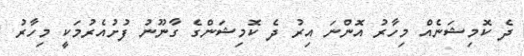
ދެ ކޮމިޝަނެއް މިހާރު އޮންނަ އިރު ދެ ކޮމިޝަންގެ ގާނޫނު ފުށުއެރުމަކީ މިހާރު